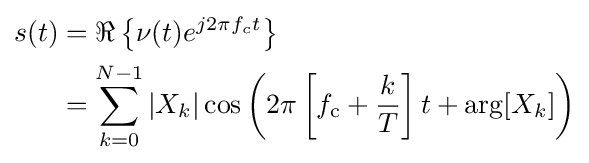
{\begin{aligned}s(t)&=\Re \left\{\nu (t)e^{j2\pi f_{c}t}\right\}\\&=\sum _{k=0}^{N-1}|X_{k}|\cos \left(2\pi \left[f_{\text{c}}+{\frac {k}{T}}\right]t+\arg[X_{k}]\right)\end{aligned}}